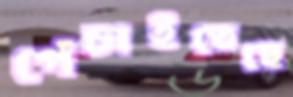
পেঁচাইতেছে